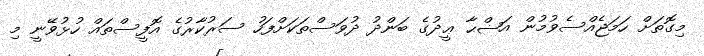
މިގޮތަށް ހަމަޖެއްސެވުމުން އަޟްޙާ ޢީދުގެ ބަންދު ދުވަސްތަކަށްފަހު ސަރުކާރުގެ އޮފީސްތައް ހުޅުވޭނީ މި